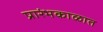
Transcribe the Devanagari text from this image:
प्रारंभकाळात